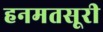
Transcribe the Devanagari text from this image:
हनमतसूरी